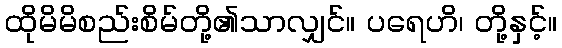
ထိုမိမိစည်းစိမ်တို့၏သာလျှင်။ ပရေဟိ၊ တို့နှင့်။